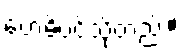
ဗောဓိပင်သို့တည်း။